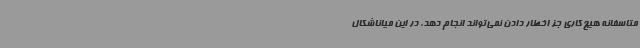
متاسفانه هیچ کاری جز اخطار دادن نمی‌تواند انجام دهد. در این میاناشکال